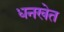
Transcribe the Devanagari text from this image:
धनखेत